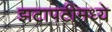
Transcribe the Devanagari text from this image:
झटापटींमध्ये